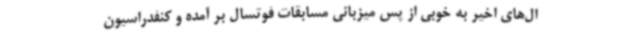
ال‌های اخیر به خوبی از پس میزبانی مسابقات فوتسال بر آمده و کنفدراسیون